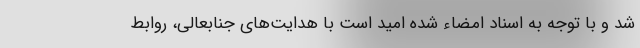
شد و با توجه به اسناد امضاء شده امید است با هدایت‌های جنابعالی، روابط